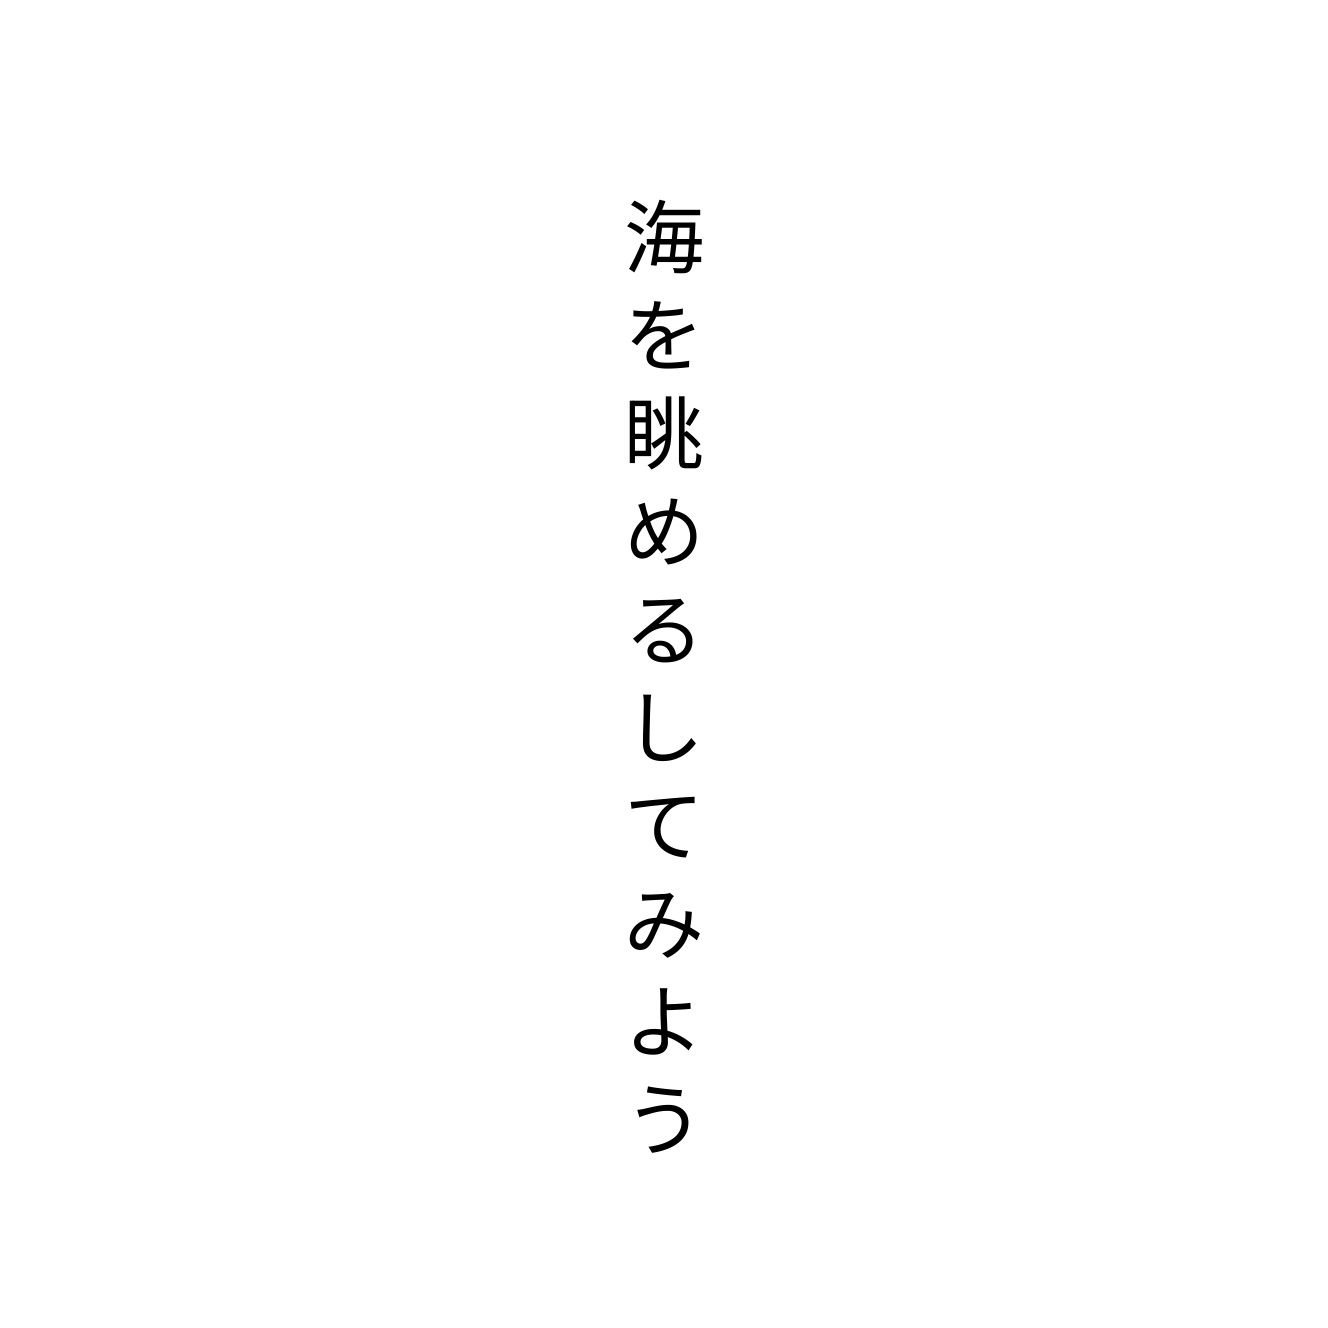
海を眺めるしてみよう